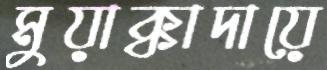
মুয়াক্কাদায়ে